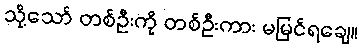
သို့သော် တစ်ဦးကို တစ်ဦးကား မမြင်ရချေ။